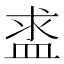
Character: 盚